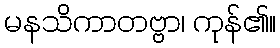
မနသိကာတဗ္ဗာ၊ ကုန်၏။